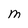
Character: M